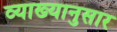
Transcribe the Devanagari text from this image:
व्याख्यानुसार